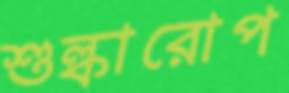
শুল্কারোপ